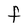
Character: F